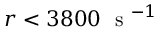
r < 3 8 0 0 ~ \mathrm { ~ s ~ } ^ { - 1 }